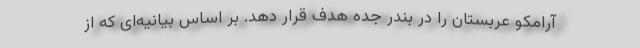
آرامکو عربستان را در بندر جده هدف قرار دهد. بر اساس بیانیه‌ای که از